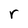
Character: r